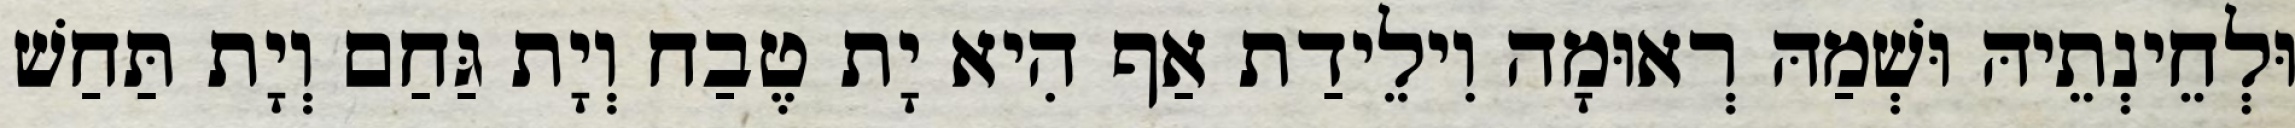
וּלְחֵינְתֵיהּ וּשְׁמַהּ רְאוּמָה וִילֵידַת אַף הִיא יָת טֶבַח וְיָת גַּחַם וְיָת תַּחַשׁ